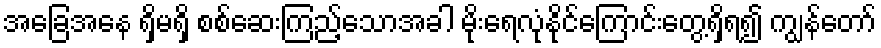
အခြေအနေ ရှိမရှိ စစ်ဆေးကြည့်သောအခါ မိုးရေလုံနိုင်ကြောင်းတွေ့ရှိရ၍ ကျွန်တော်